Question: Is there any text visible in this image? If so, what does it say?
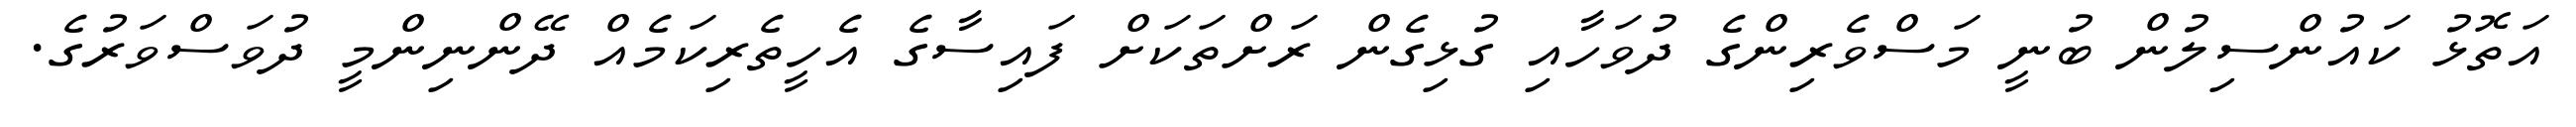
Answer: އަތޮޅު ކައުންސިލުން ބުނީ މަސްވެރިންގެ ދުވަހާއި ގުޅިގެން ރަށްތަކަށް ފައިސާގެ އެހީތެރިކަމެއް ދޭންނިންމީ ދުވަސްވަރުގެ.